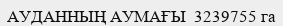
АУДАННЫҢ АУМАҒЫ  3239755 га